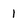
Character: l